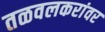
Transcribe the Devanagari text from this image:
तळवलकरांवर